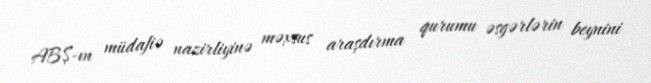
ABŞ-ın müdafiə nazirliyinə məxsus araşdırma qurumu əsgərlərin beynini